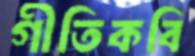
গীতিকবি